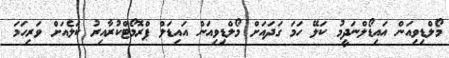
މޯލްޑިވިއަން އައިޑޯލްނަދީމު ކަލޭ ހަމަ ގަދައަށް މޯލްޑިވިއަން އައިޑަލް ޕްރޮމޯޓްކުރާއިރު ކަލެއަށް ވަރިހަމަ